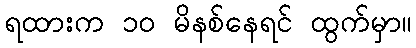
ရထားက ၁၀ မိနစ်နေရင် ထွက်မှာ။